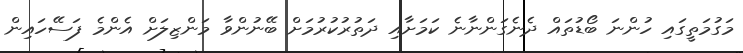
މަގުމަތީގައި ހުންނަ ބޯޑުތައް ދެނެގަންނާނެ ކަމަށާއި ދަތުރުކުރުމަށް ބޭނުންވާ މަންޒިލަށް އެންމެ ފަސޭހައިން